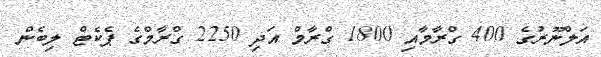
އަލްނޫރުގެ 400 ގްރާމާއި 1800 ގްރާމް އަދި 2250 ގްރާމްގެ ޕެކެޓް ލިބެން